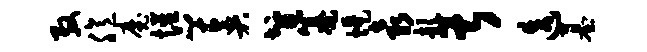
殷臆魔惺~奏智纂堤袁歆甚迭墓